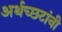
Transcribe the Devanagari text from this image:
अर्थच्‍छटांनी